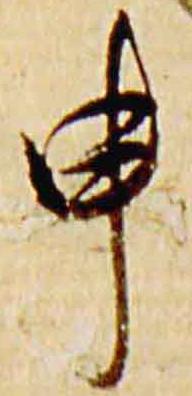
申